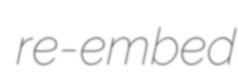
re-embed